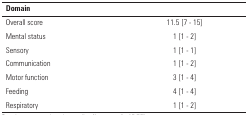
<table><thead><tr><td><b>Domain</b></td><td><b> </b></td></tr></thead><tbody><tr><td>Overall score</td><td>11.5 [7 - 15]</td></tr><tr><td>Mental status</td><td>1 [1 - 2]</td></tr><tr><td>Sensory</td><td>1 [1 - 1]</td></tr><tr><td>Communication</td><td>1 [1 - 2]</td></tr><tr><td>Motor function</td><td>3 [1 - 4]</td></tr><tr><td>Feeding</td><td>4 [1 - 4]</td></tr><tr><td>Respiratory</td><td>1 [1 - 2]</td></tr></tbody></table>